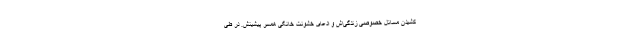
کشیدن مسائل خصوصی زندگی‌اش و ادعای خشونت خانگی همسر پیشینش. در طی